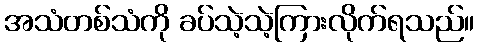
အသံတစ်သံကို ခပ်သဲ့သဲ့ကြားလိုက်ရသည်။